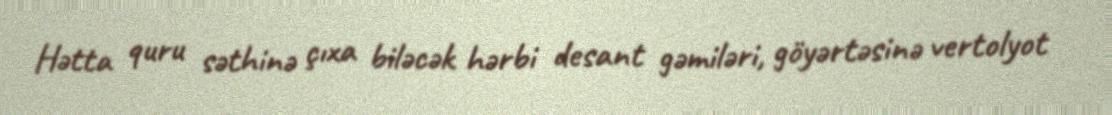
Hətta quru səthinə çıxa biləcək hərbi desant gəmiləri, göyərtəsinə vertolyot